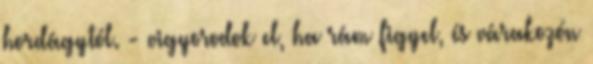
hordágytól. - vigyorodok el, ha rám figyel, és várakozón